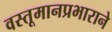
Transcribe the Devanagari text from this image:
वस्तूमानप्रभाराने